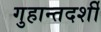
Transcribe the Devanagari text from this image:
गुहान्तदर्शी